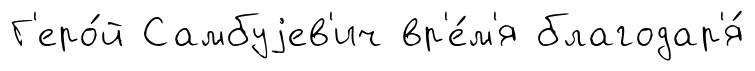
Г'еро́й Самбуjев'ич вр'е́м'я благодар'я́